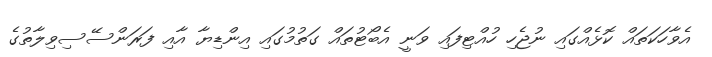
އެވާހަކަތައް ކޮޅެއްގައި ނުޖެހި ހުއްޓިފައި ވަނީ އެބޯޓުތައް ގަތުމުގައި އިންޑިޔާ އާއި ފަރަންސޭސިވިލާތުގެ